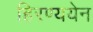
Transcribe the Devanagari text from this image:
हिरण्ययेन